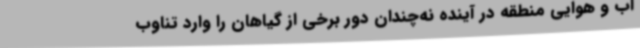
آب و هوایی منطقه در آینده نه‌چندان دور برخی از گیاهان را وارد تناوب